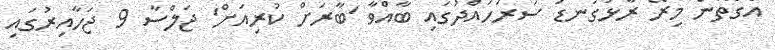
އެގޮތުން މިރޭ ރާޅުގަނޑު ސަރަހައްދުގައި ބާއްވާ 'ބާރަށް ކުރިއަށް' ޖަލްސާ 9 ޖަހާއިރުގައި